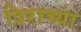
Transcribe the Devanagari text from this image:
दिराच्या